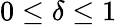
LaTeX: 0\le\delta\le 1